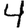
Digit: 4